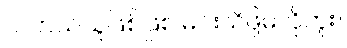
ငါ ဘယ်သူဖြစ်ဖြစ် မင်းသိဖို့မလိုဘူး။